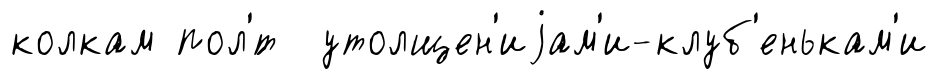
колкам пол'́т утолщен'иjам'и-клуб'енькам'и